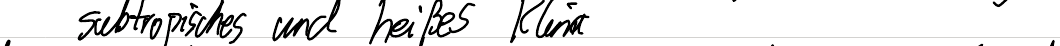
subtropisches und heißes Klima